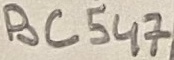
Text: BC547